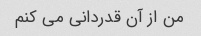
من از آن قدردانی می کنم